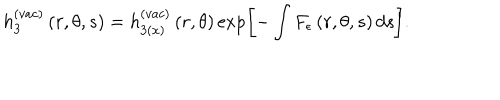
h _ { 3 } ^ { ( v a c ) } \left( r , \theta , s \right) = h _ { 3 ( x ) } ^ { ( v a c ) } \left( r , \theta \right) \exp \left[ - \int F _ { \epsilon } \left( r , \theta , s \right) d s \right] .